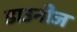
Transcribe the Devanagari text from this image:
डाउनीज